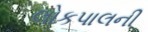
લોકપાલની